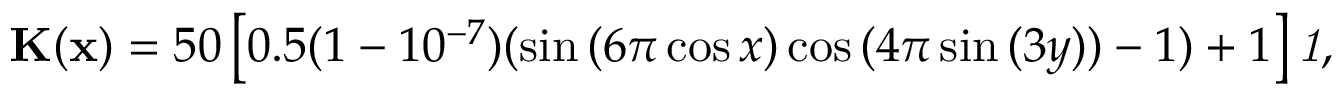
\begin{array} { r } { { \bf K } ( { \bf x } ) = 5 0 \left[ 0 . 5 ( 1 - 1 0 ^ { - 7 } ) ( \sin { ( 6 \pi \cos { x } ) } \cos { ( 4 \pi \sin { ( 3 y ) } ) } - 1 ) + 1 \right] { \mathit { 1 } } , } \end{array}